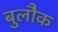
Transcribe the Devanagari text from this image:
बुलौक